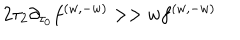
LaTeX: { 2 \tau _ { 2 } \partial _ { \tau _ { 0 } } f ^ { ( w , - w ) } > > w f ^ { ( w , - w ) } }